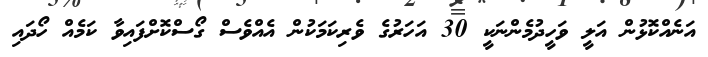
އަނެއްކޮޅުން އަލީ ވަހީދުމެންނަކީ 30 އަހަރުގެ ވެރިކަމަކުން އެއްވެސް ގޯސްކޮށްފައިވާ ކަމެއް ހޯދައި